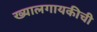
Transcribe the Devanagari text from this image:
ख्यालगायकीची